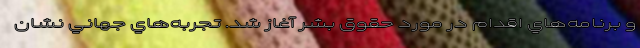
و برنامه‌هاي اقدام در مورد حقوق بشر آغاز شد. تجربه‌هاي جهاني نشان